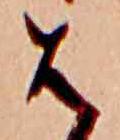
は